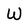
Character: w